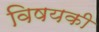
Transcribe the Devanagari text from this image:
विषयकी